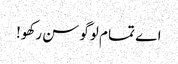
اے تما م لوگو سن رکھو!